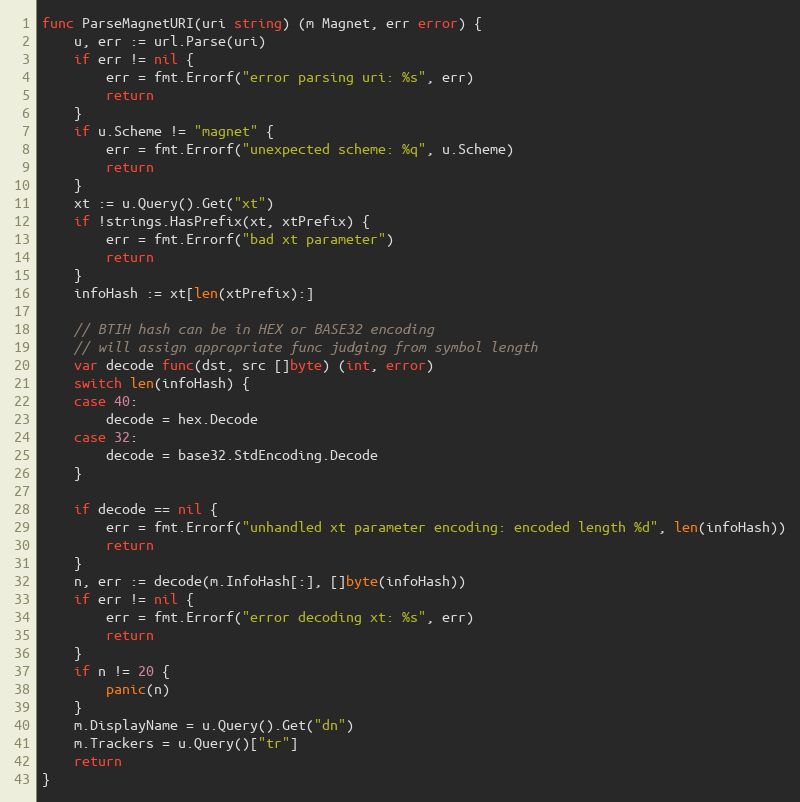
Language: Go
func ParseMagnetURI(uri string) (m Magnet, err error) {
	u, err := url.Parse(uri)
	if err != nil {
		err = fmt.Errorf("error parsing uri: %s", err)
		return
	}
	if u.Scheme != "magnet" {
		err = fmt.Errorf("unexpected scheme: %q", u.Scheme)
		return
	}
	xt := u.Query().Get("xt")
	if !strings.HasPrefix(xt, xtPrefix) {
		err = fmt.Errorf("bad xt parameter")
		return
	}
	infoHash := xt[len(xtPrefix):]

	// BTIH hash can be in HEX or BASE32 encoding
	// will assign appropriate func judging from symbol length
	var decode func(dst, src []byte) (int, error)
	switch len(infoHash) {
	case 40:
		decode = hex.Decode
	case 32:
		decode = base32.StdEncoding.Decode
	}

	if decode == nil {
		err = fmt.Errorf("unhandled xt parameter encoding: encoded length %d", len(infoHash))
		return
	}
	n, err := decode(m.InfoHash[:], []byte(infoHash))
	if err != nil {
		err = fmt.Errorf("error decoding xt: %s", err)
		return
	}
	if n != 20 {
		panic(n)
	}
	m.DisplayName = u.Query().Get("dn")
	m.Trackers = u.Query()["tr"]
	return
}